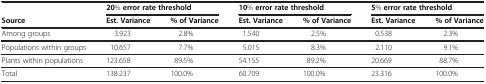
<table><thead><tr><td><b> </b></td><td colspan="2"><b>20% error rate threshold</b></td><td colspan="2"><b>10% error rate threshold</b></td><td colspan="2"><b>5% error rate threshold</b></td></tr><tr><td><b>Source</b></td><td><b>Est. Variance</b></td><td><b>% of Variance</b></td><td><b>Est. Variance</b></td><td><b>% of Variance</b></td><td><b>Est. Variance</b></td><td><b>% of Variance</b></td></tr></thead><tbody><tr><td>Among groups</td><td>3.923</td><td>2.8%</td><td>1.540</td><td>2.5%</td><td>0.538</td><td>2.3%</td></tr><tr><td>Populations within groups</td><td>10.657</td><td>7.7%</td><td>5.015</td><td>8.3%</td><td>2.110</td><td>9.1%</td></tr><tr><td>Plants within populations</td><td>123.658</td><td>89.5%</td><td>54.155</td><td>89.2%</td><td>20.669</td><td>88.7%</td></tr><tr><td>Total</td><td>138.237</td><td>100.0%</td><td>60.709</td><td>100.0%</td><td>23.316</td><td>100.0%</td></tr></tbody></table>